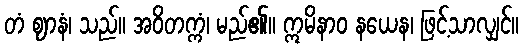
တံ ဈာနံ၊ သည်။ အဝိတက္ကံ၊ မည်၏။ ဣမိနာဝ နယေန၊ ဖြင့်သာလျှင်။